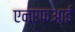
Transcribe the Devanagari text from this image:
एनएफआई